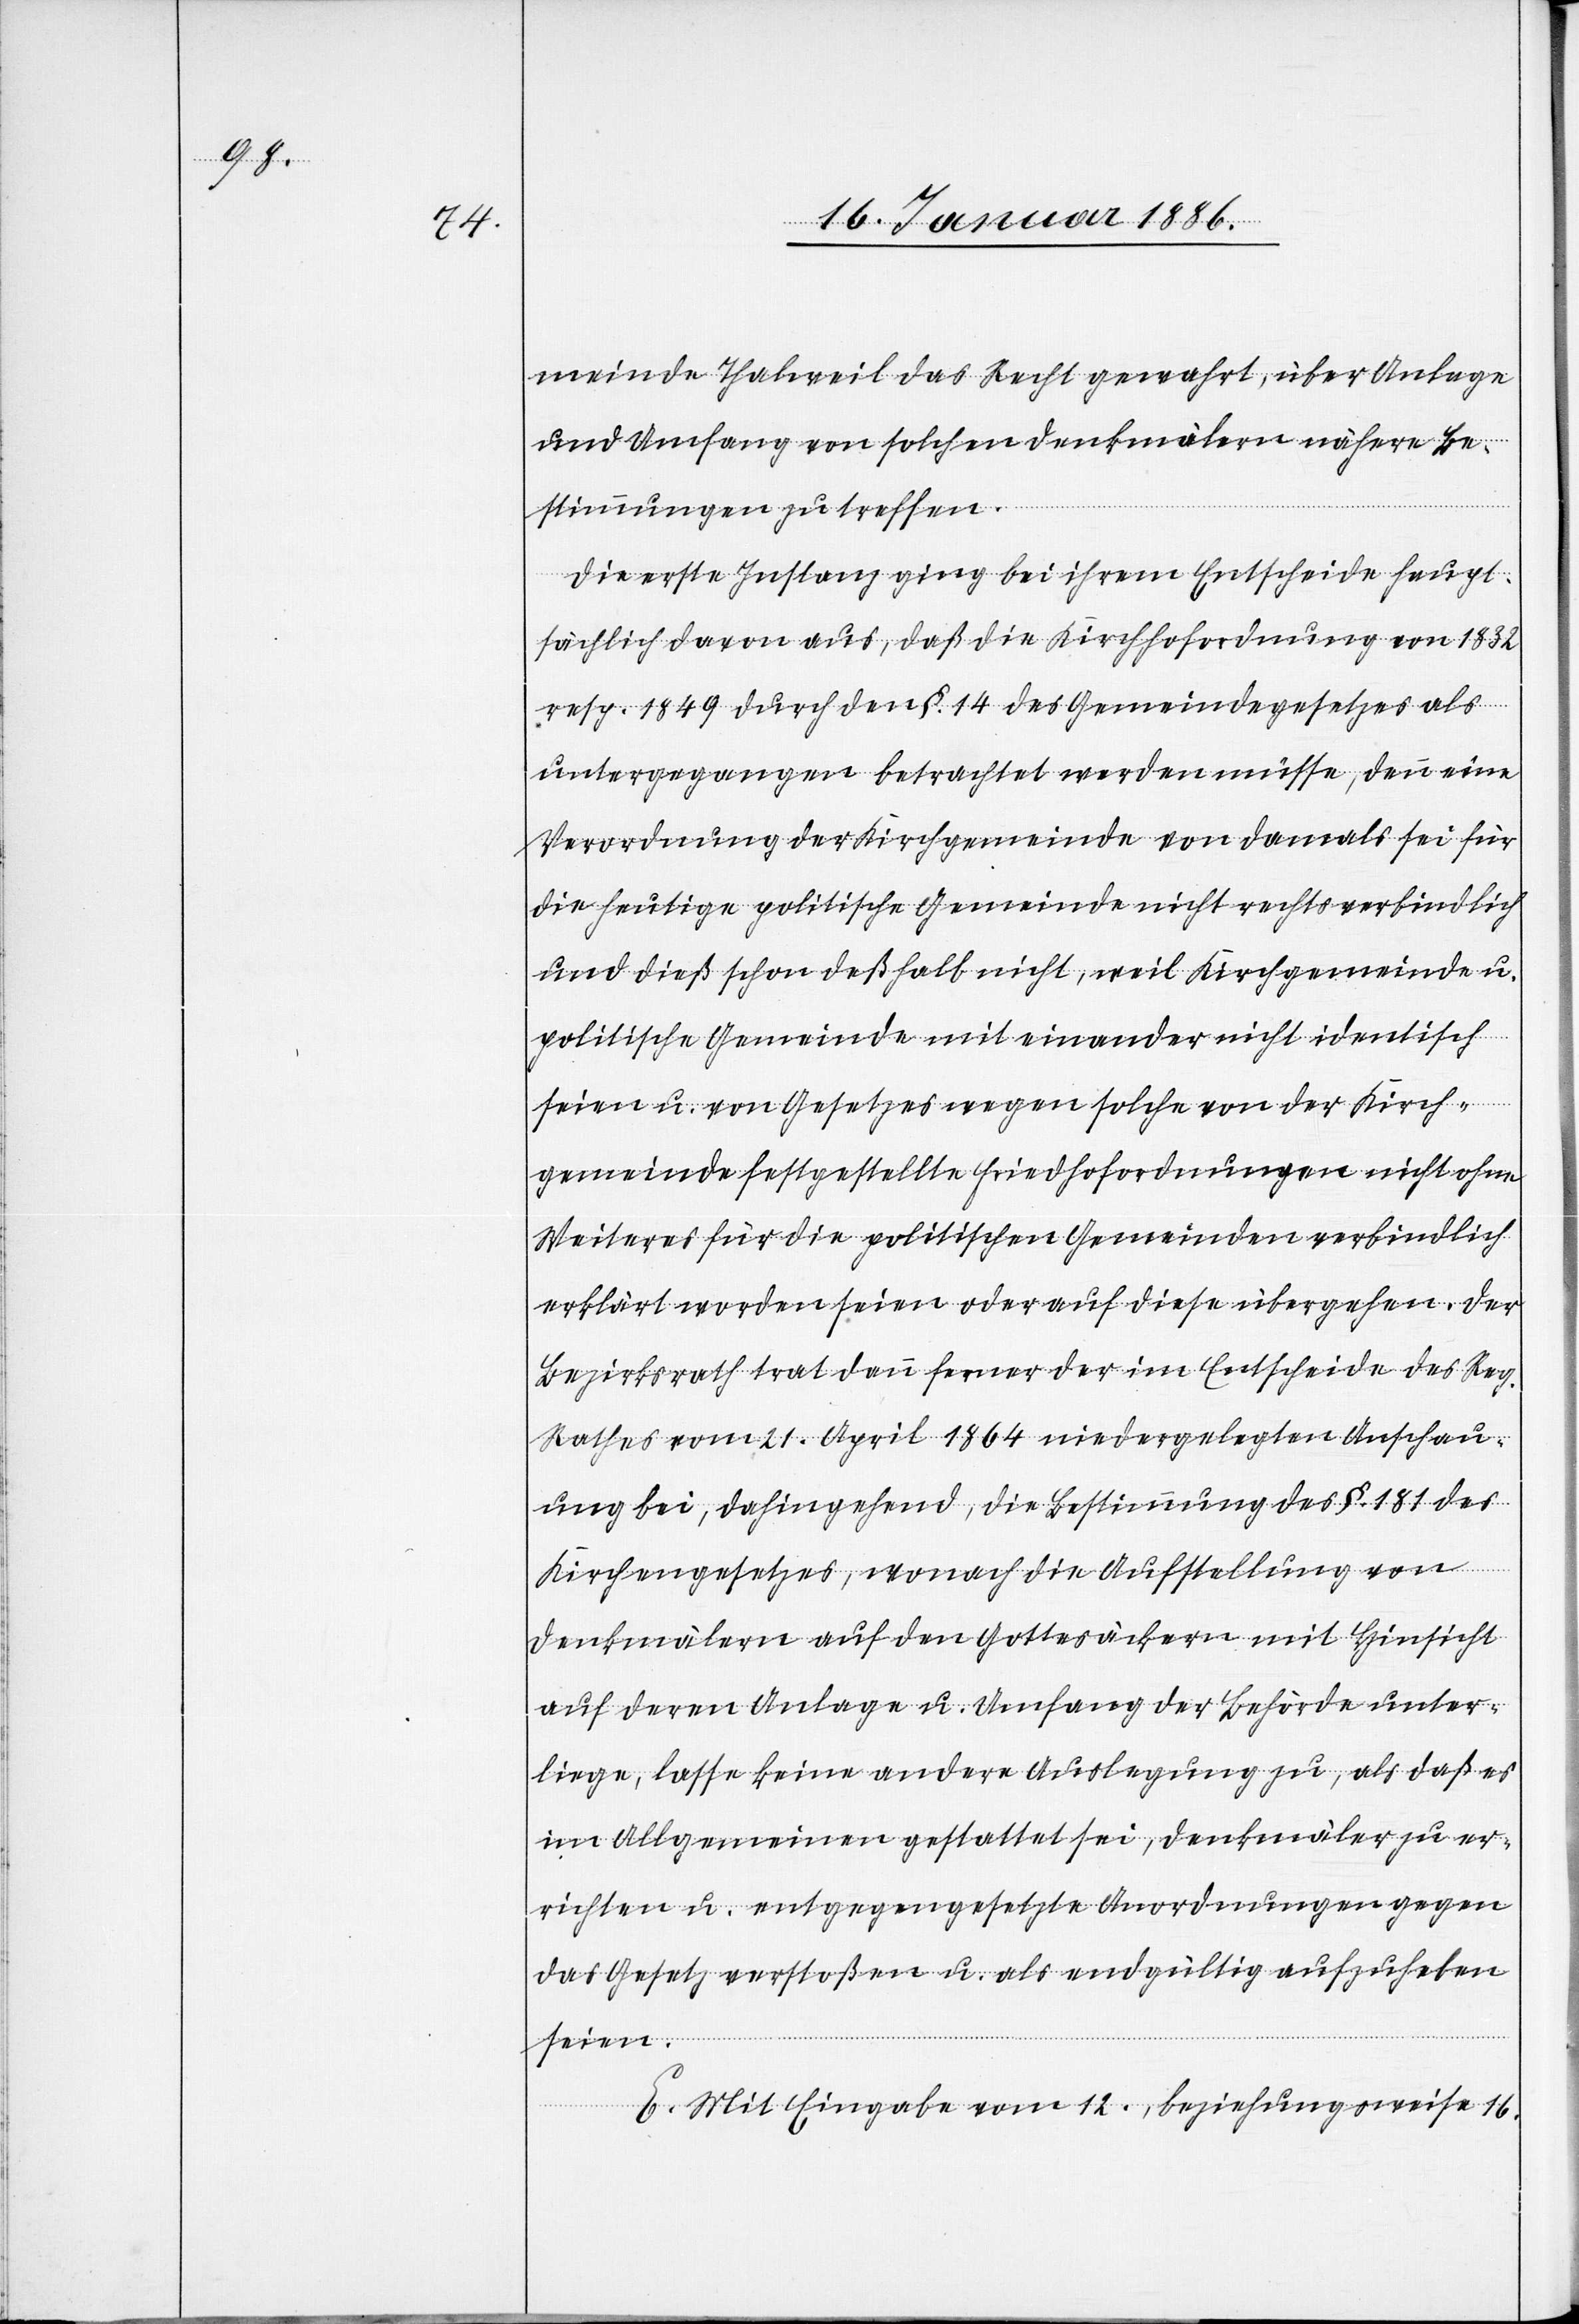
meinde Thalweil das Recht gewahrt, über Anlage
und Umfang von solchen Denkmälern nähere Be¬
stimmungen zu treffen.
Die erste Instanz ging bei ihrem Entscheide haupt¬
sächlich davon aus, daß die Kirchhofordnung von 1832
resp. 1849 durch den §. 14 des Gemeindegesetzes als
untergegangen betrachtet werden müsse, denn eine
Verordnung der Kirchgemeinde von damals sei für
die heutige politische Gemeinde nicht rechtsverbindlich
und dieß schon deßhalb nicht, weil Kirchgemeinde u.
politische Gemeinde mit einander nicht identisch
seien u. von Gesetzes wegen solche von der Kirch¬
gemeinde festgestellte Friedhofordnungen nicht ohne
Weiteres für die politische Gemeinden verbindlich
erklärt worden seien oder auf diese übergehen. Der
Bezirksrath trat dann ferner der im Entscheide des Reg.
Rathes vom 21. April 1864 niedergelegten Anschau¬
ung bei, dahingehend, die Bestimmung des §. 181 des
Kirchgesetzes, wonach die Aufstellung von
Denkmälern auf den Gottesäckern mit Hinsicht
auf deren Anlage u. Umfang der Behörde unter¬
liege, lasse keine andere Auslegung zu, als daß es
im Allgemeinen gestattet sei, Denkmäler zu er¬
richten u. entgegengesetzte Anordnungen gegen
das Gesetz verstoßen u. als endgültig aufzuheben
seien.
E. Mit Eingabe vom 12., beziehungsweise 16.